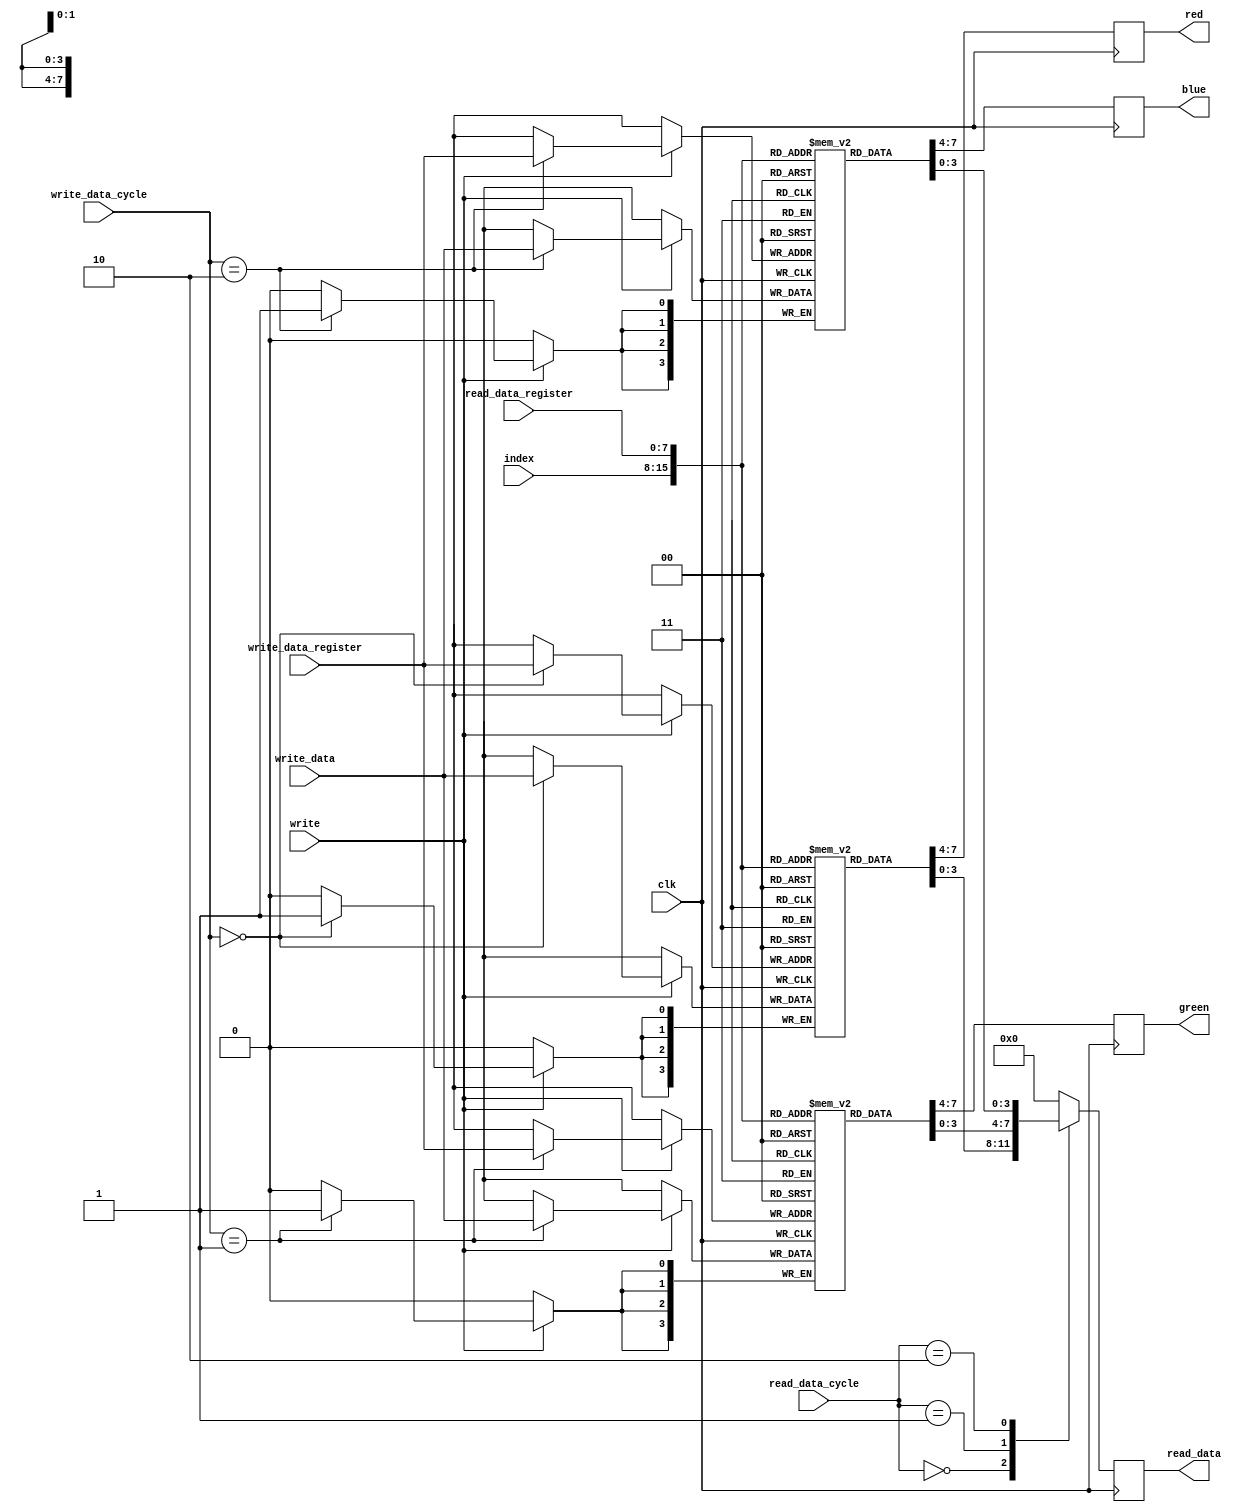
module vga_dac_regs_fml (
    input clk,

    // VGA read interface
    input      [7:0] index,
    output reg [3:0] red,
    output reg [3:0] green,
    output reg [3:0] blue,

    // CPU interface
    input       write,

    // CPU read interface
    input      [1:0] read_data_cycle,
    input      [7:0] read_data_register,
    output reg [3:0] read_data,

    // CPU write interface
    input [1:0] write_data_cycle,
    input [7:0] write_data_register,
    input [3:0] write_data
  );

  // Registers, nets and parameters
  reg [3:0] red_dac   [0:255];
  reg [3:0] green_dac [0:255];
  reg [3:0] blue_dac  [0:255];

  // Behaviour
  // VGA read interface
  always @(posedge clk)
    begin
      red   <= red_dac[index];
      green <= green_dac[index];
      blue  <= blue_dac[index];
    end

  // CPU read interface
  always @(posedge clk)
    case (read_data_cycle)
      2'b00:   read_data <= red_dac[read_data_register];
      2'b01:   read_data <= green_dac[read_data_register];
      2'b10:   read_data <= blue_dac[read_data_register];
      default: read_data <= 4'h0;
    endcase

  // CPU write interface
  always @(posedge clk)
    if (write)
      case (write_data_cycle)
        2'b00:   red_dac[write_data_register]   <= write_data;
        2'b01:   green_dac[write_data_register] <= write_data;
        2'b10:   blue_dac[write_data_register]  <= write_data;
      endcase

endmodule